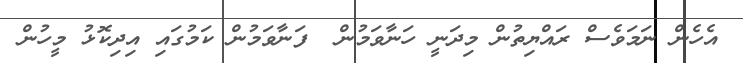
އެހެން ނަމަވެސް ރައްޔިތުން މިދަނީ ހަނާވަމުން  ފަނާވަމުން ކަމުގައި އިދިކޮޅު މީހުން